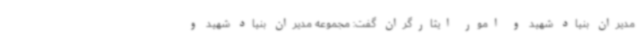
مدیران بنیاد شهید و امور ایثارگران گفت: مجموعه مدیران بنیاد شهید و